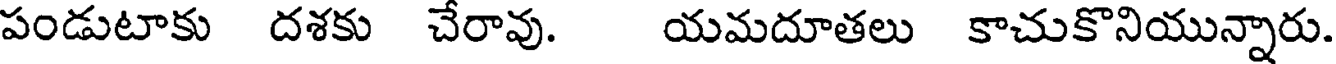
పండుటాకు దశకు చేరావు. యమదూతలు కాచుకొనియున్నారు.